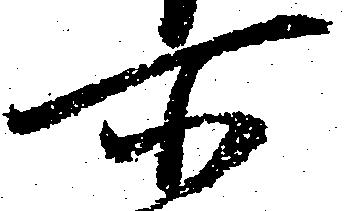
所